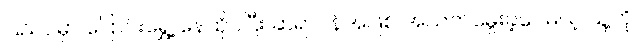
ပြည်ပမှာ ပြောင်းရွှေ့ နေထိုင်ပြီး ဆရာဝန်အဖြစ် အသက်မွေးခဲ့ပေမယ့် သူ့ကို